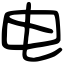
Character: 电